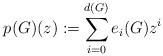
LaTeX: \begin{align*}p(G)(z):=\sum_{i=0}^{d(G)} e_{i}(G)z^{i}\end{align*}